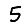
Digit: 5